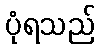
ပုံရသည်